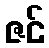
ဇင်